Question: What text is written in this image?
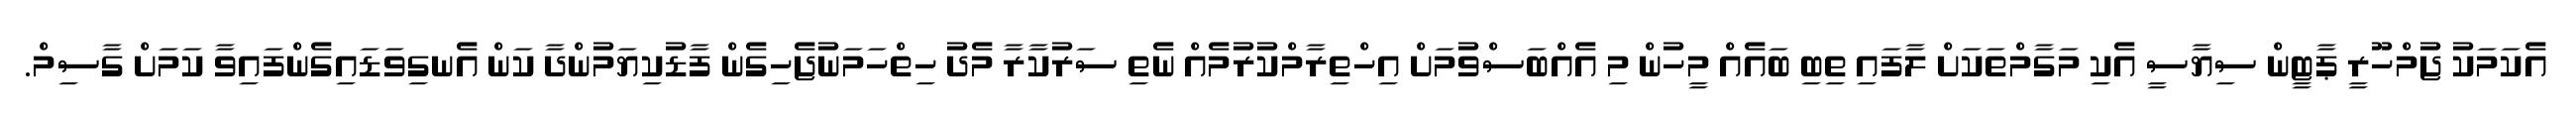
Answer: އެކަމަކު ޖުމްހޫރީ ޕާޓީން ސިޔާސީ އެކި މަގާމްތަކަށް ލާފައި ތިބި ބައެއް މީހުން މި އެއްބަސްވުމަށް އިހްތިރާމްކުރުމެއް ނެތި ސަރުކާރާ މެދު ހިތްހަމަނުޖެހިގެން ފާޑުކިޔަމުންދާ ކަން އެނގިވަޑައިގެންފައިވާ ކަމަށް ގާސިމް.